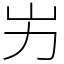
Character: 屴